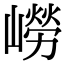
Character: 嶗